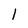
Character: 1